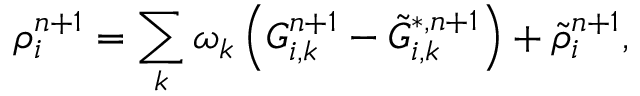
\rho _ { i } ^ { n + 1 } = \sum _ { k } { { \omega _ { k } } \left( { G _ { i , k } ^ { n + 1 } - \tilde { G } _ { i , k } ^ { * , n + 1 } } \right) } + \tilde { \rho } _ { i } ^ { n + 1 } ,